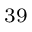
^ { 3 9 }